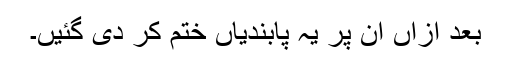
بعد ازاں ان پر یہ پابندیاں ختم کر دی گئیں۔